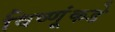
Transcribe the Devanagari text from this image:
विष्णूंकडे